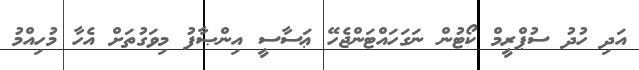
އަދި ހުދު ސުޕްރީމް ކޯޓުން ނަގަހައްޓަންޖެހޭ ޢަސާސީ އިންޞާފު މިވަގުތަށް އެހާ މުހިއްމު